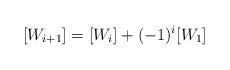
LaTeX: \begin{align*}[W_{i+1}] = [W_i] + (-1)^{i}[W_1]\end{align*}